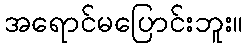
အရောင်မပြောင်းဘူး။